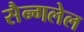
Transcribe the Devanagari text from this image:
सैन्गलेल